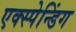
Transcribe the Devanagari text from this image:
एक्स्पेन्डिंग